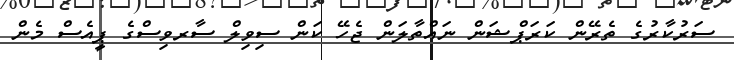
ސަރުކާރުގެ ތެރޭން ކަރަޕްޝަން ނައްތާލަން ޖެހޭ ކަން ސިވިލް ސާރވިސްގެ ޕީއެސް މެން